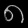
Digit: ၈